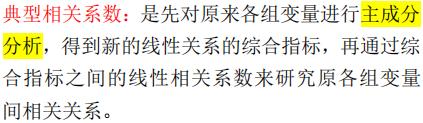
典型相关系数：是先对原来各组变量进行主成分分析，得到新的线性关系的综合指标，再通过综合指标之间的线性相关系数来研究原各组变量间相关关系。